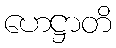
ဟေဋ္ဌာတိ